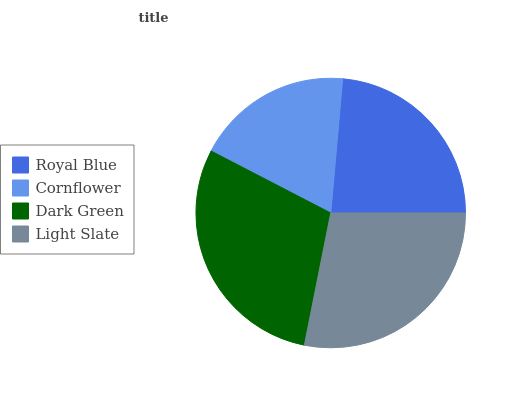
| Royal Blue | Cornflower | Dark Green | Light Slate |
 | --- | --- | --- | --- |
 | 23.6% | 18.8% | 29.5% | 28.2% |